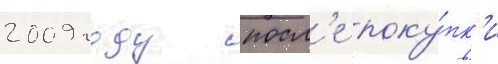
2009 году посл'е поку́пк'и